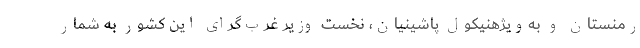
رمنستان و به‌ویژهنیکول پاشینیان، نخست وزیر غرب‌گرای این کشور به شمار